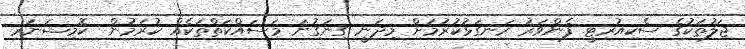
ޖަލުތަކުގެ ސެކިއުރިޓީ ފެންވަރު ރަނގަޅުކުރުމަށް މިދަނީ ގިނަގުނަ މަސައްކަތްތަކެއް ކުރަމުން  ކޮމިޝަނަރ